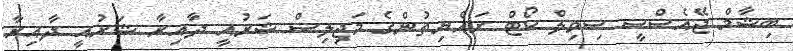
ބިޝާމް ޖޭއެސްސީ ސިވިލް ކޯޓް ރައްޔިތުންގެ މަޖިލިސް ޝަރުއީ ދާއިރާ ޝަރުއީ ދާއިރާ